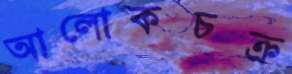
আলোকচক্র